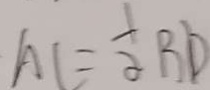
A C = \frac { 1 } { 2 } B D